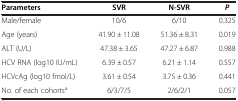
<table><thead><tr><td><b>Parameters</b></td><td><b>SVR</b></td><td><b>N-SVR</b></td><td><b><i>P</i></b></td></tr></thead><tbody><tr><td>Male/female</td><td>10/6</td><td>6/10</td><td>0.325</td></tr><tr><td>Age (years)</td><td>41.90 ± 11.08</td><td>51.36 ± 8.31</td><td>0.019</td></tr><tr><td>ALT (U/L)</td><td>47.38 ± 3.65</td><td>47.27 ± 6.87</td><td>0.988</td></tr><tr><td>HCV RNA (log10 IU/mL)</td><td>6.39 ± 0.57</td><td>6.21 ± 1.14</td><td>0.557</td></tr><tr><td>HCVcAg (log10 fmol/L)</td><td>3.61 ± 0.54</td><td>3.75 ± 0.36</td><td>0.441</td></tr><tr><td>No. of each cohorts<sup>a</sup></td><td>6/3/7/5</td><td>2/6/2/1</td><td>0.057</td></tr></tbody></table>